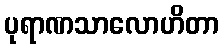
ပုရာဏသာလောဟိတာ